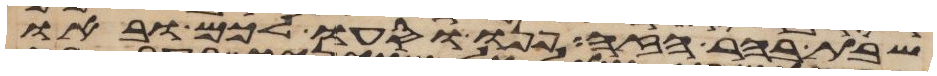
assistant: שבת בהר הזה פנו וסעו לכם ובאו